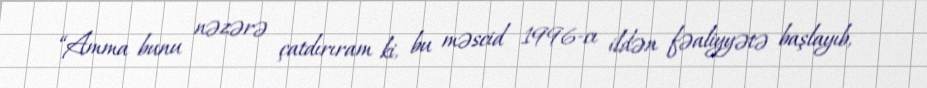
“Amma bunu nəzərə çatdırıram ki, bu məscid 1996-cı ildən fəaliyyətə başlayıb,